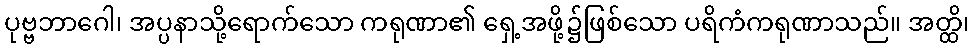
ပုဗ္ဗဘာဂေါ၊ အပ္ပနာသို့ရောက်သော ကရုဏာ၏ ရှေ့အဖို့၌ဖြစ်သော ပရိကံကရုဏာသည်။ အတ္ထိ၊